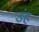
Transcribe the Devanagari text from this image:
उंह